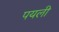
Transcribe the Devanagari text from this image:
पयली